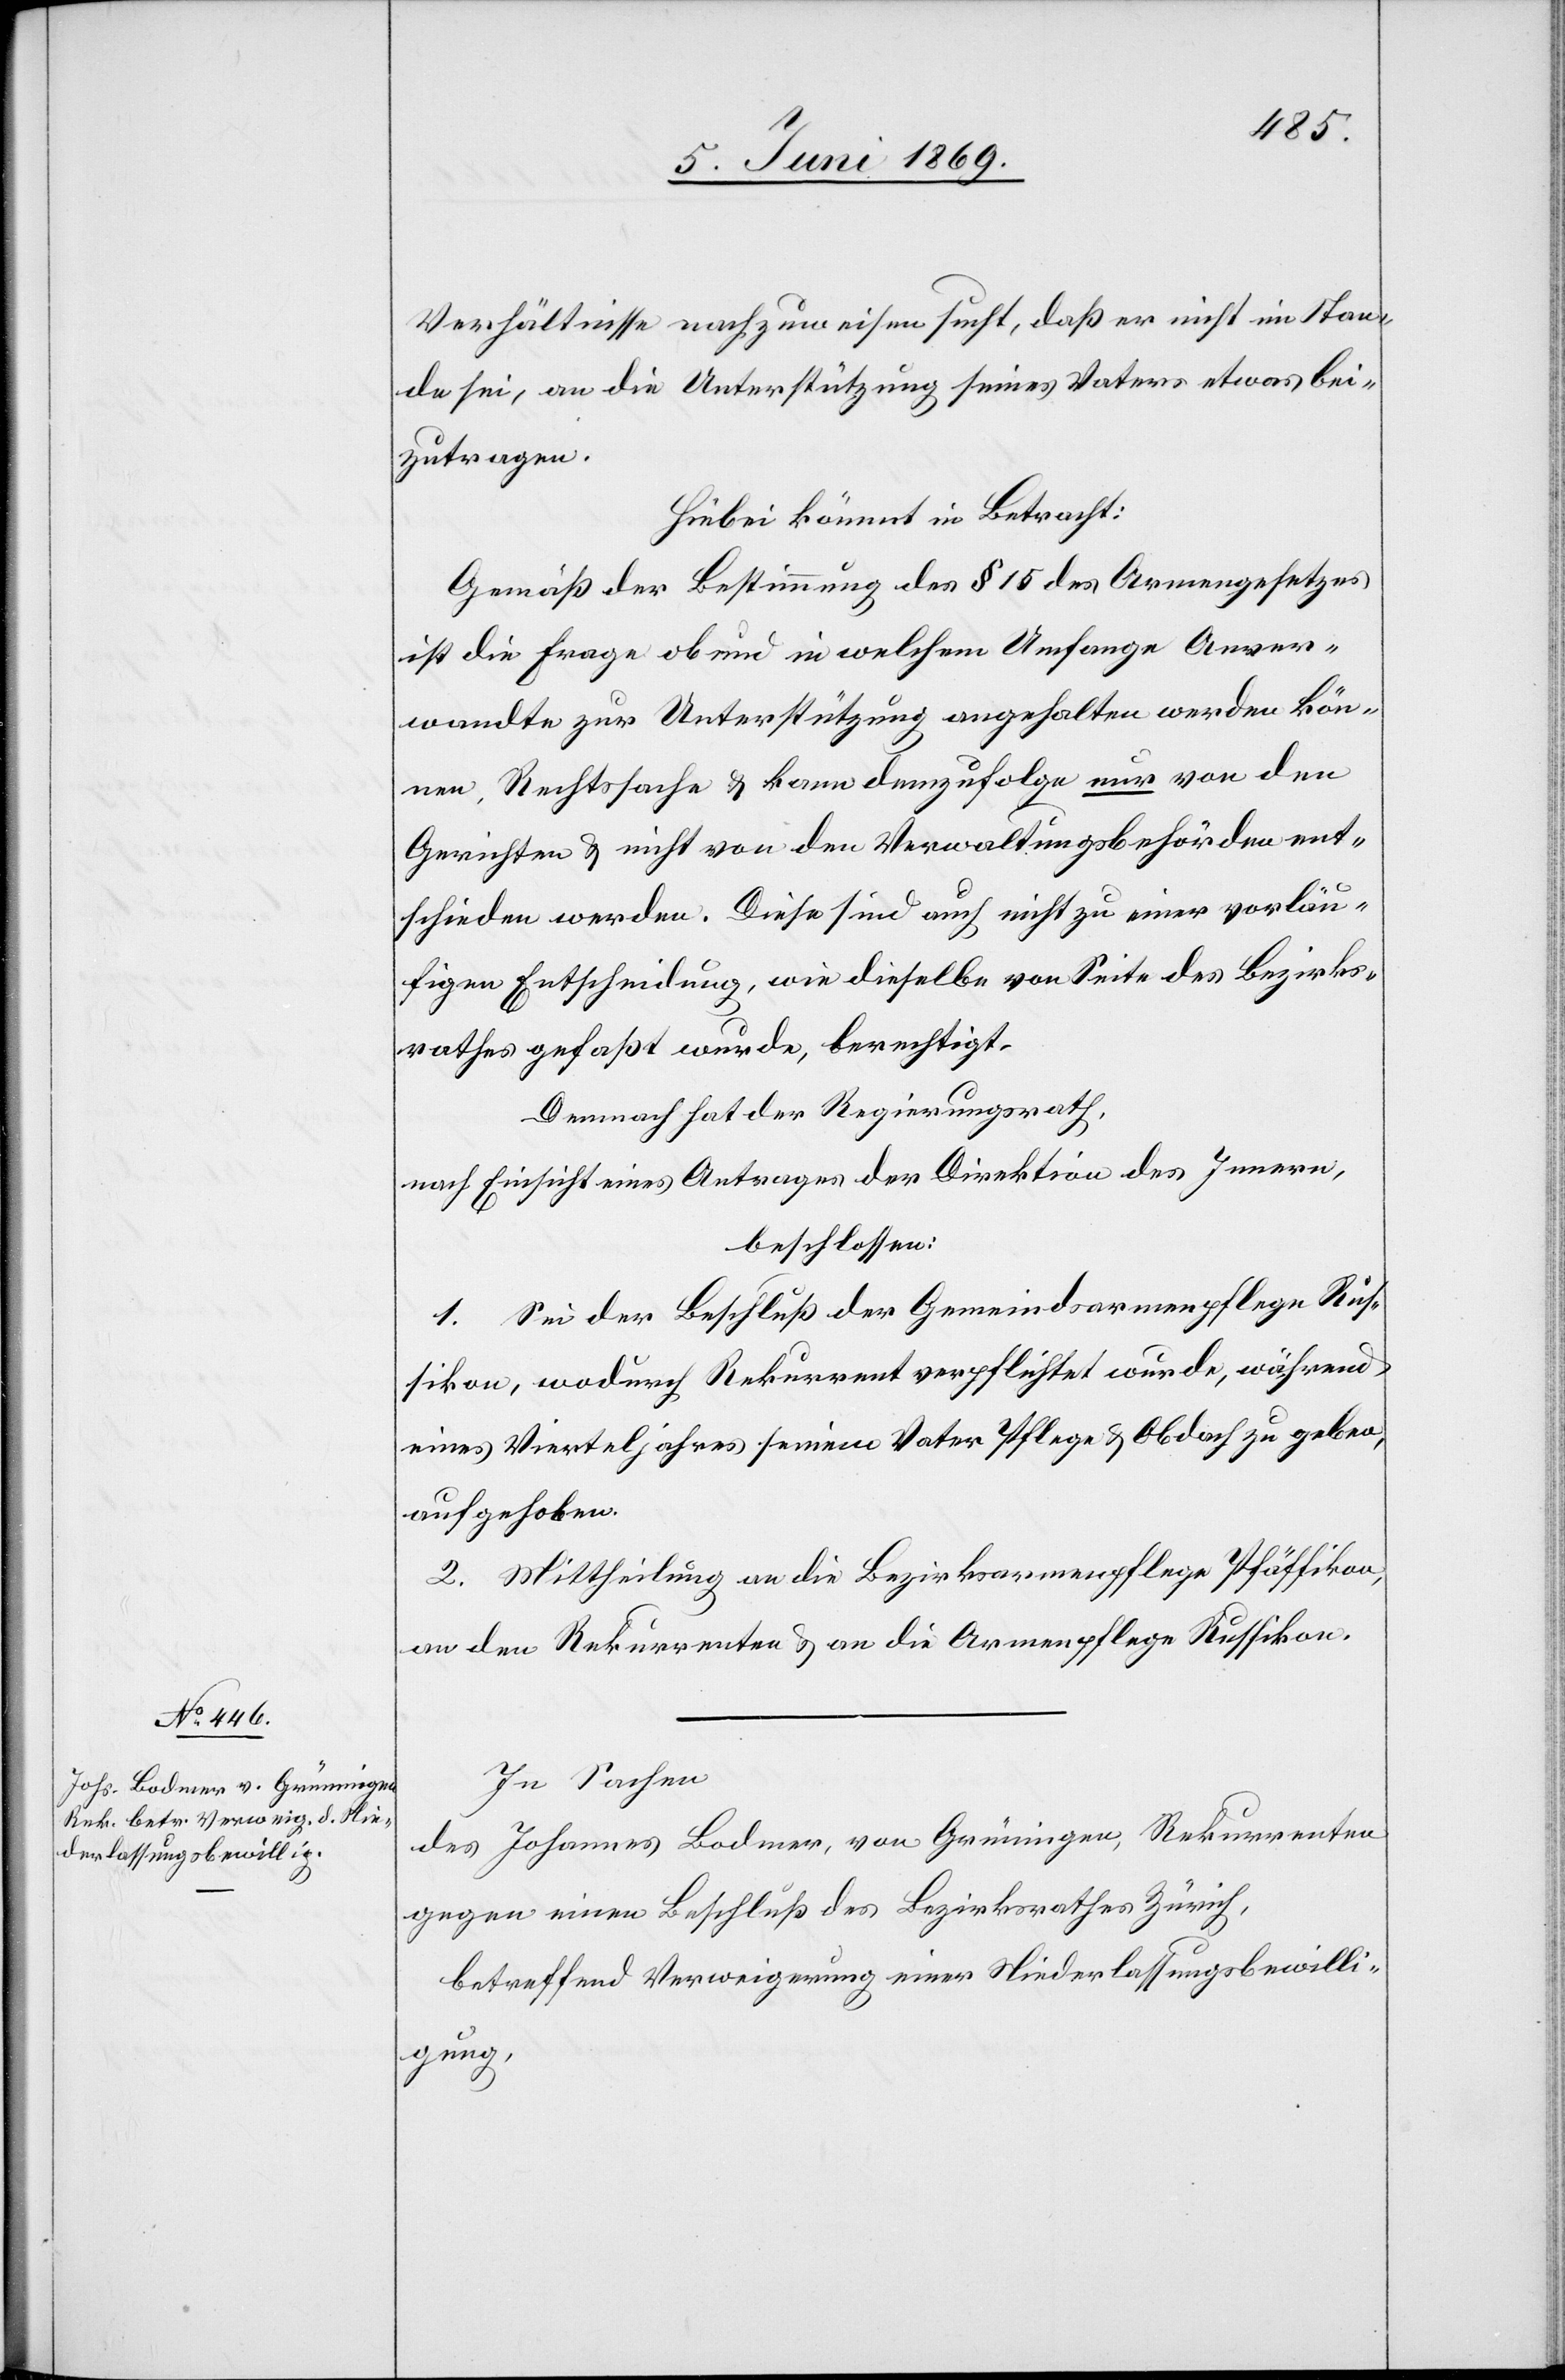
Verhältnisse nachzuweisen sucht, daß er nicht im Stan¬
de sei, an die Unterstützung seines Vaters etwas bei¬
zutragen.
Hiebei kömmt in Betracht:
Gemäß der Bestimmung des § 15 des Armengesetzes
ist die Frage ob und in welchem Umfange Anver¬
wandte zur Unterstützung angehalten werden kön¬
nen, Rechtssache u. kann demzufolge nur von den
Gerichten u. nicht von den Verwaltungsbehörden ent¬
schieden werden. Diese sind auch nicht zu einer vorläu¬
figen Entscheidung, wie dieselbe von Seite des Bezirks¬
rathes gefaßt wurde, berechtigt.
Demnach hat der Regierungsrath,
nach Einsicht eines Antrages der Direktion des Innern,
beschlossen:
1. Sei der Beschluß der Gemeindsarmenpflege Rus¬
sikon, wodurch Rekurrent verpflichtet wurde, während
eines Vierteljahres seinem Vater Pflege u. Obdach zu geben,
aufgehoben.
2. Mittheilung an die Bezirksarmenpflege Pfäffikon,
an den Rekurrenten u. an die Armenpflege Russikon.
In Sachen
des Johannes Bodmer, von Grüningen, Rekurrenten
gegen einen Beschluß des Bezirksrathes Zürich,
betreffend Verweigerung einer Niederlaßungsbewilli¬
gung,